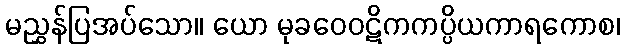
မညွှန်ပြအပ်သော။ ယော မုခဝေဝဋိကကပ္ပိယကာရကောစ၊